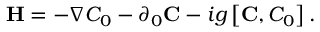
{ \bf H } = - \nabla C _ { 0 } - \partial _ { 0 } { \bf C } - i g \left[ { \bf C } , C _ { 0 } \right] .